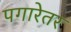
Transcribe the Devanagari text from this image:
पगारेतर